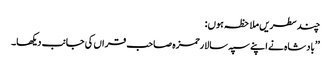
چندسطریں ملاحظہ ہوں:
’’بادشاہ نے اپنے سپہ سالارحمزہ صاحب قراں کی جانب دیکھا۔